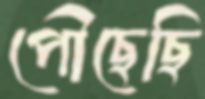
পৌছেছি